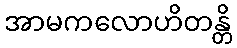
အာမကလောဟိတန္တိ